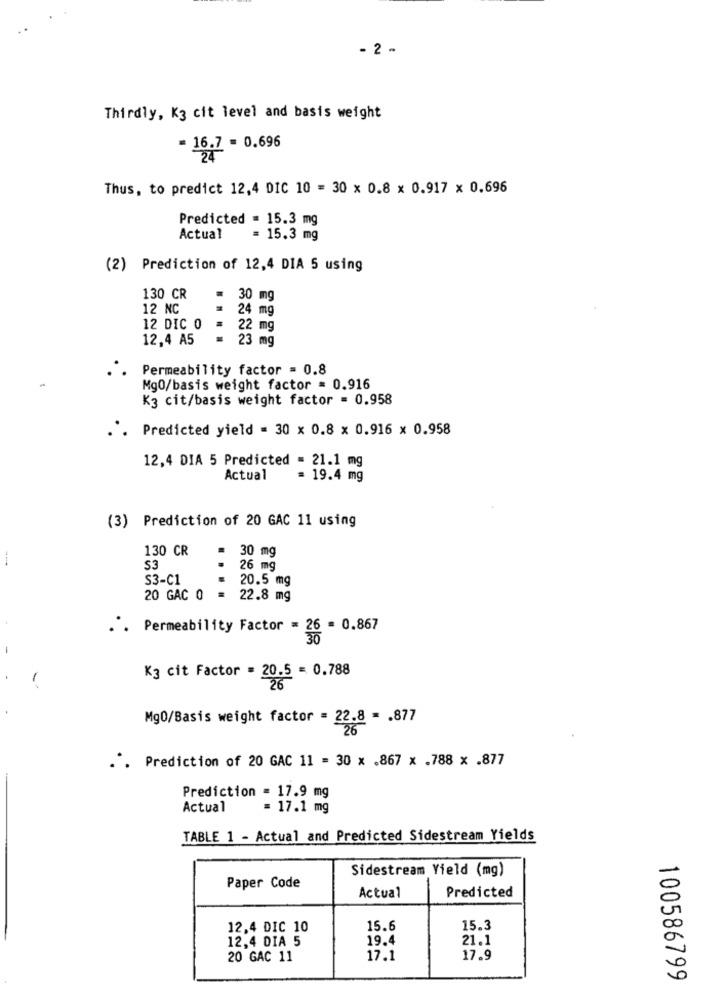
- 2 -
Thirdly, K3 cit level and basis weight
= 16.7 = 0.696
24
Thus, to predict 12,4 DIC 10 = 30 x 0.8 x 0.917 x 0.696
Predicted = 15.3 mg
Actual
= 15.3 mg
(2) Prediction of 12,4 DIA 5 using
130 CR
.
30 mg
12 NC
= 24 mg
12 DIC 0
22 mg
12,4 A5
23 mg
Permeability factor = 0.8
MgO/basis weight factor = 0.916
K3 cit/basis weight factor = 0.958
Predicted yield = 30 x 0.8 x 0.916 x 0.958
12,4 DIA 5 Predicted = 21.1 mg
Actual
= 19.4 mg
(3) Prediction of 20 GAC 11 using
130 CR
30 mg
$3
.
26 mg
S3-C1
20.5 mg
20 GAC 0
= 22.8 mg
.'. Permeability Factor = 26 = 0.867
Kg cit Factor = 20.5 = 0.788
Mg0/Basis weight factor = 22.8 = . 877
.". Prediction of 20 GAC 11 = 30 x .867 x .788 x .877
Prediction = 17.9 mg
Actual
= 17.1 mg
TABLE 1 - Actual and Predicted Sidestream Yields
Sidestream Yield (mg)
Paper Code
Predicted
Actual
12,4 DIC 10
15.6
15.3
12,4 DIA 5
19.4
21.1
20 GAC 11
17.1
17.9
100586799